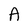
Character: A